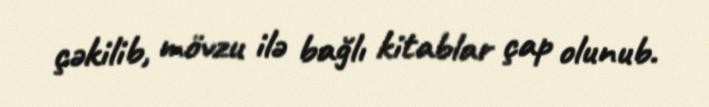
çəkilib, mövzu ilə bağlı kitablar çap olunub.